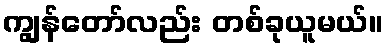
ကျွန်တော်လည်း တစ်ခုယူမယ်။